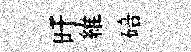
旴維碚